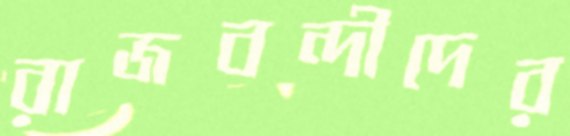
রাজবন্দীদের